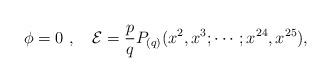
LaTeX: \begin{align*}\phi=0 \ , \quad \mathcal{E}=\frac{p}{q}P_{(q)}(x^2,x^3;\cdots;x^{24},x^{25}),\end{align*}